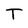
Character: T